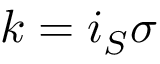
k = i _ { S } \sigma